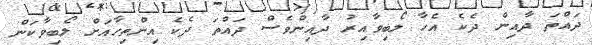
ދައްތަ ދާއިން ދެކެ އެހާ ލޯބިވާއިރު ދާއިންވެސް ދައްތަ ދެކެ އިންތިހާއަށް ލޯބިވާކަން